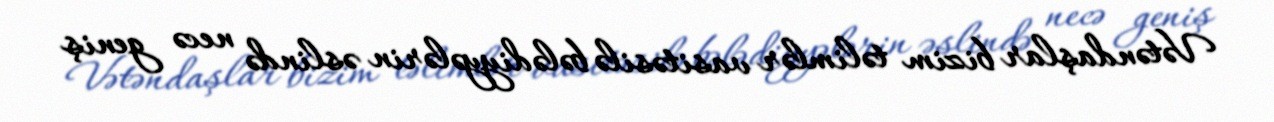
Vətəndaşlar bizim təlimlər vasitəsilə bələdiyyələrin əslində necə geniş